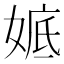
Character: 𡞖